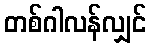
တစ်ဂါလန်လျှင်